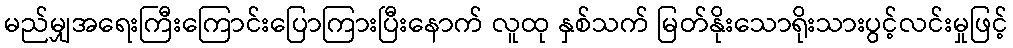
မည်မျှအရေးကြီးကြောင်းပြောကြားပြီးနောက် လူထု နှစ်သက် မြတ်နိုးသောရိုးသားပွင့်လင်းမှုဖြင့်